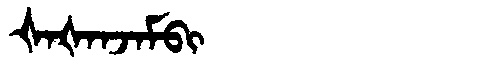
Manchu: ᡧᠠᡧᠠᠨᠵᠠᠮᠪᡳ
Romanization: ŠAŠANJAMBI